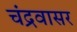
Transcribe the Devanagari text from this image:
चंद्रवासर